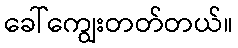
ခေါ်ကျွေးတတ်တယ်။